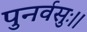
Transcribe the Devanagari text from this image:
पुनर्वसुः।।